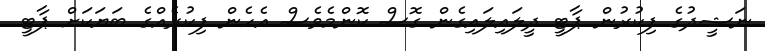
ނަޝީދުގެ ފިކުރުން ޕާޓީ ދީލައިލައިގެން ގޮސް ކޮންމެވެސް އެހެން ފިކުރެއްގެ ބަޔަކަށް ޕާޓީ